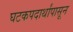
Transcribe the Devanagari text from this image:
घटकपदार्थांपासून